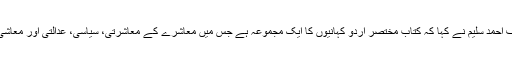
معروف شاعر، ترقی پسند مصنف احمد سلیم نے کہا کہ کتاب مختصر اردو کہانیوں کا ایک مجموعہ ہے جس میں معاشرے کے معاشرتی، سیاسی، عدالتی اور معاشی چیلنجوں کا احاطہ کیا گیا ہے ۔